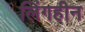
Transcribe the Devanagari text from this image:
लिंगहीन